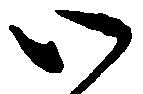
い